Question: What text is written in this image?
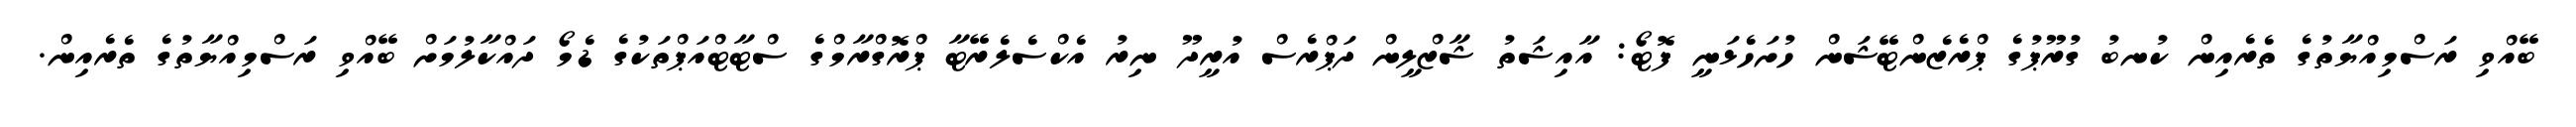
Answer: ބޭއްވި ރަސްމިއްޔާތުގެ ތެރެއިން ކުނބު ގުރޫޕުގެ ޕްރެޒެންޓޭޝަން ހުށަހެޅަނީ ފޮޓޯ: އާއިޝަތު ޝާޒްލީން ދަޕްރެސް އުރީދޫ ނިރު އެކްސެލެރޭޓާ ޕްރޮގްރާމްގެ ސްޓާޓްއަޕްތަކުގެ ޑެމޯ ދައްކާލުމަށް ބޭއްވި ރަސްމިއްޔާތުގެ ތެރެއިން.